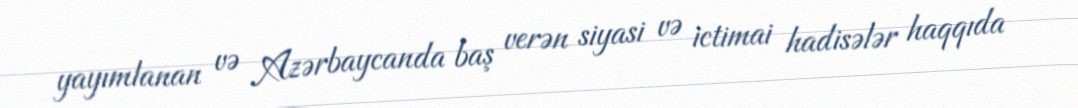
yayımlanan və Azərbaycanda baş verən siyasi və ictimai hadisələr haqqıda